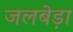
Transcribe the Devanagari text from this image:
जलबेड़ा